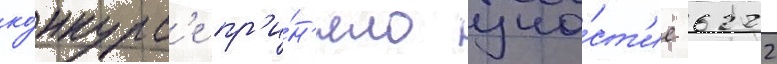
ко́нкурс'е пр'и́н'яло уча́ст'ие 6222